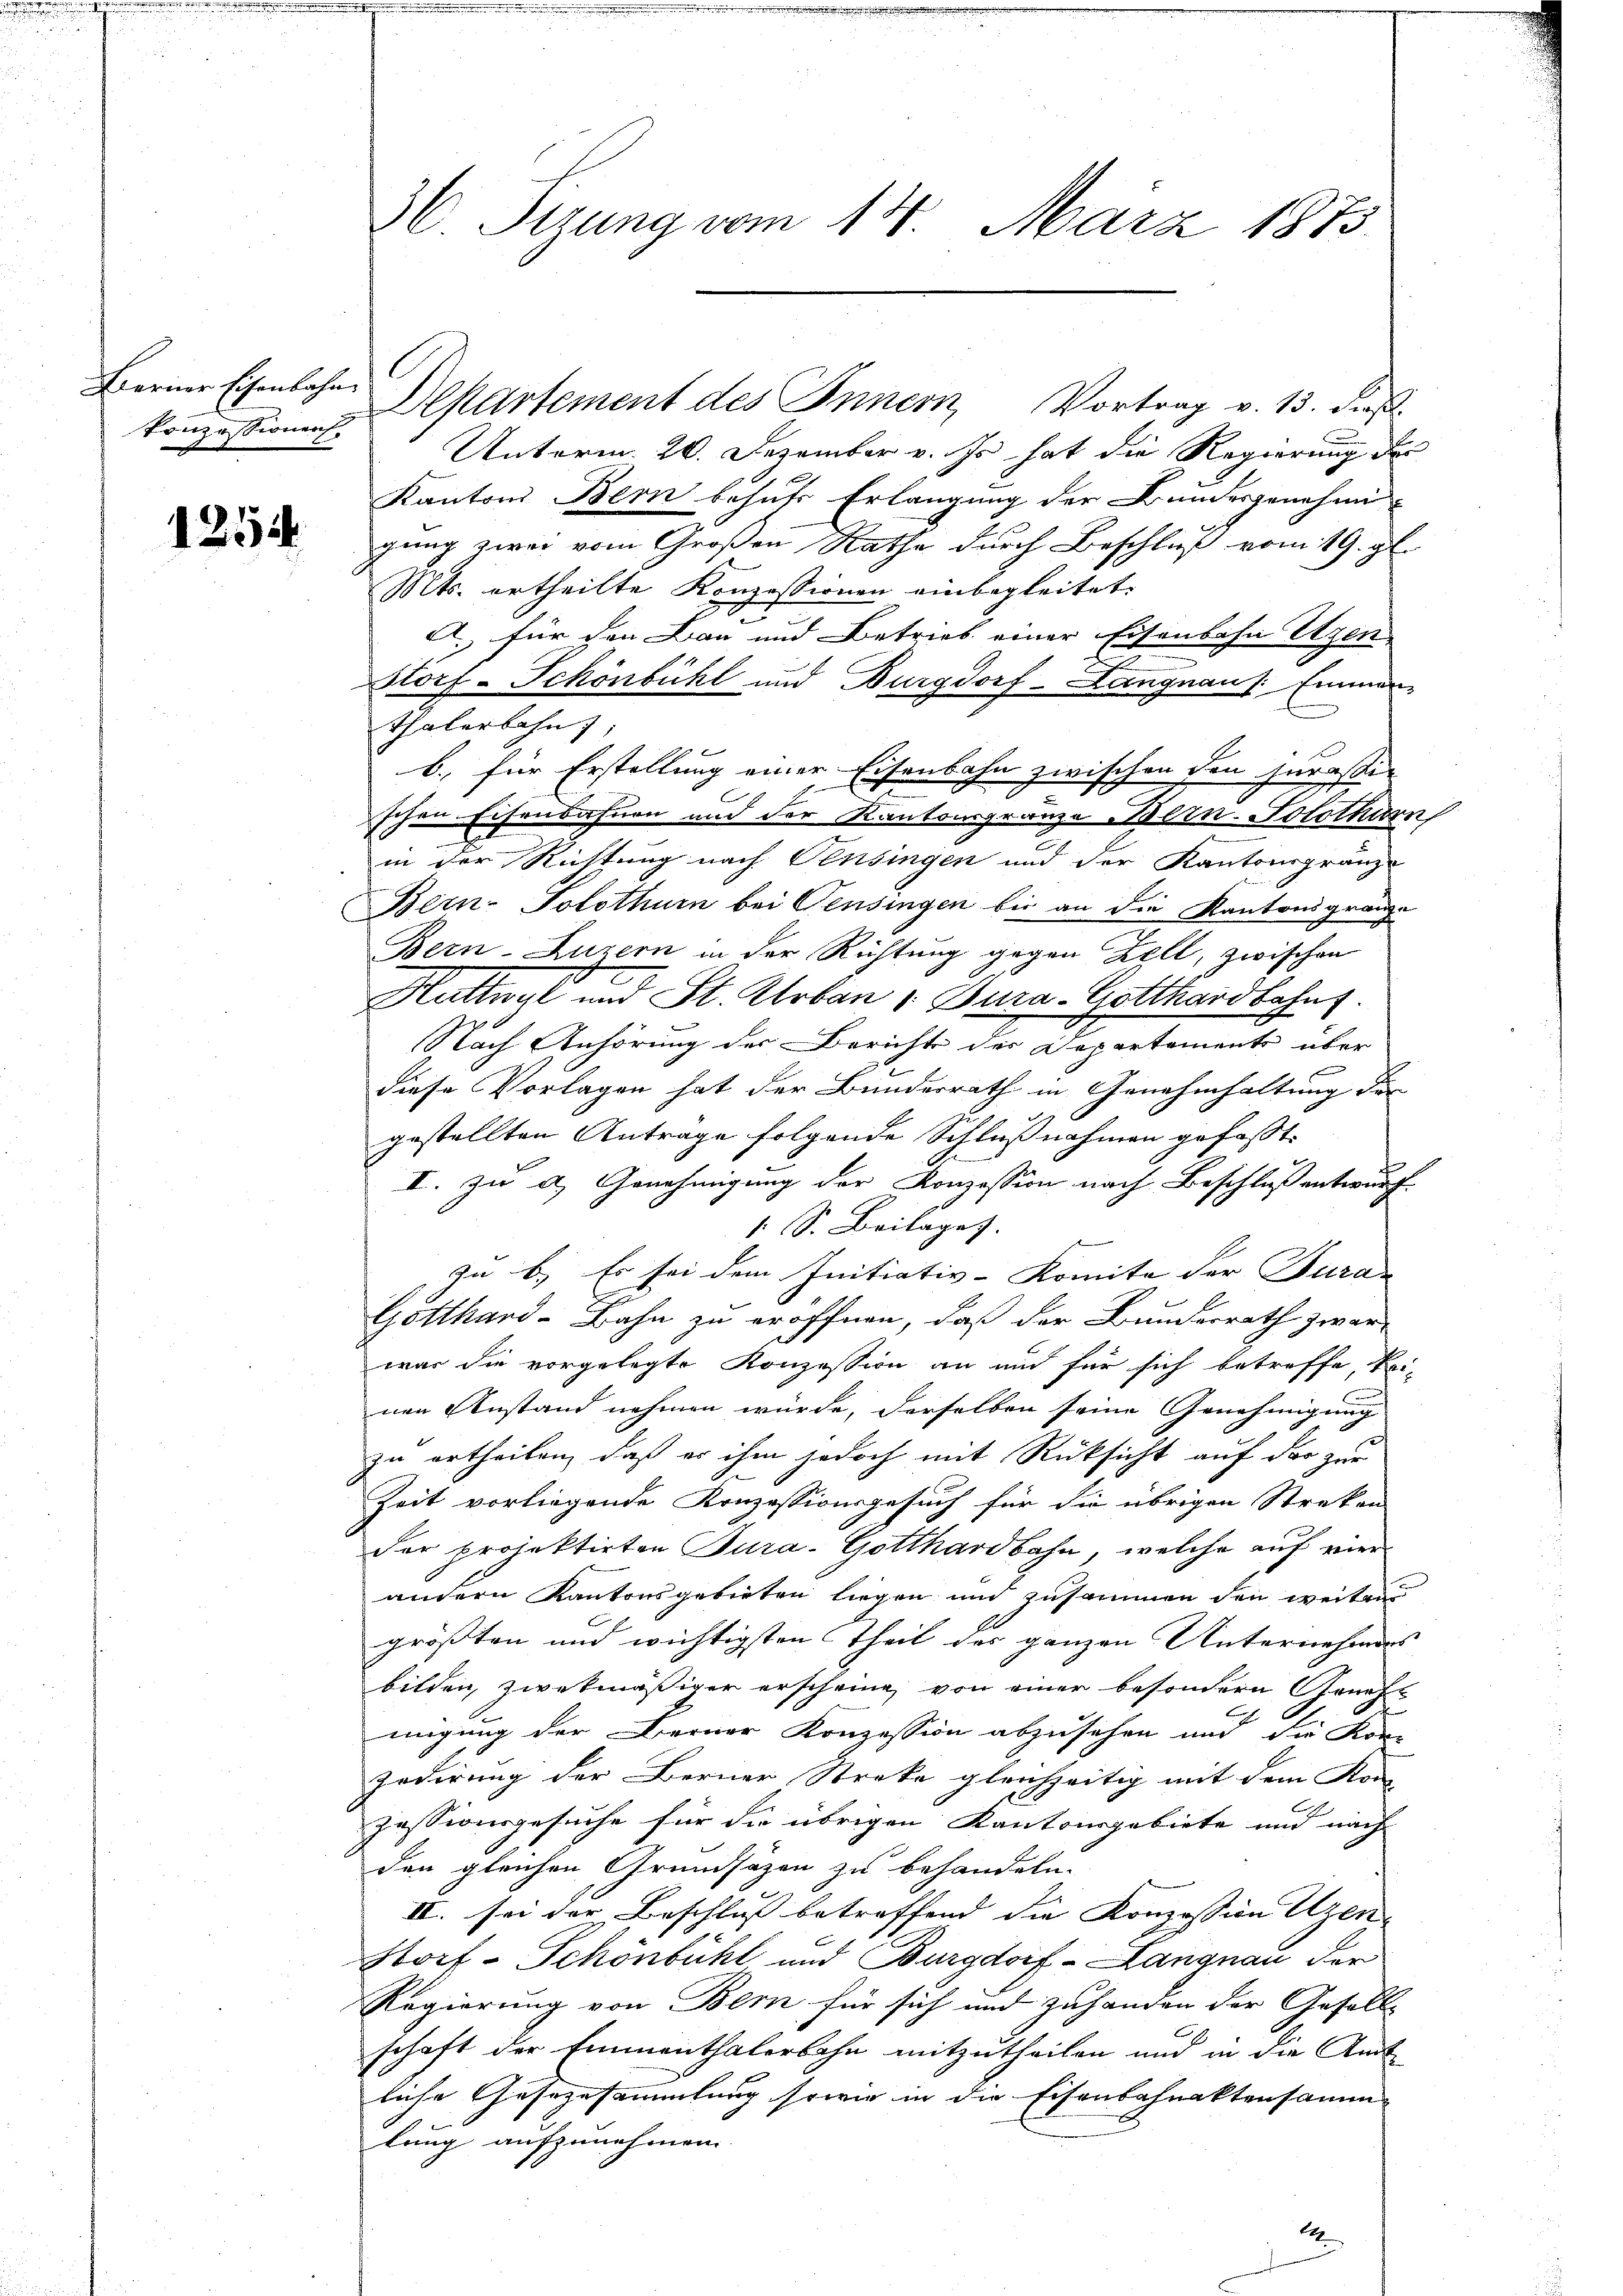
Ferner Eisenbahn-
Konzessionens.

1254

Unterm 20. Dezember v. Js. hat die Regierung des
Kantons Bern behufs Erlangung der Bundesgenehmi-
gung zwei vom Großen Rathe durch Beschluß vom 19. gl.
Mts. ertheilte Konzessionen einbegleitet.
. für den Bau und Betrieb einer Eisenbahn Utzen
Storf-Schönbühl und Burgdorf -Langnaus. Einmann
Thalerbahn,
b. für Erstellung einer Eisenbahn zwischen den Iurassi-
schen Eisenbahnen und der Kantonsgränze Bern-Solothurn
in der Richtung nach Pensingen und der Kantonsgränz-
Bern-Solothurn bei Pensingen bis an die Kantonsgränze
Bern-Luzern in der Richtung gegen Zell, zwischen
Huttwyl und St. Urban 1. Burg-Gotthardbahn.
Nach Anhörung der Bericht der Departemente über
diese Vorlagen hat der Bundesrath in Genehmhaltung der
gestellten Antrage folgende Schlußnahmen gefaßt,
I. zu a.) Genehmigung der Konzession nach Beschluß entwurf.
 S. Beilages
zn b.) Es sei dem Initiativ-Komite der Turan
Gotthard-Bahn zu eröffnen, daß der Bundesrath zwar
war die vorgelegte Konzession an und für sich betreffe, kei-
nen Anstand nehmen würde, derselben seine Genehmigung
zu ertheilen, daß er ihm jedoch mit Rücksicht auf der zur
Zeit vorliegende Konzessionsgesuch für die übrigen Streken
der projektirten Jura. Gotthardbahn, welche auf vier
andern Kantonsgebieten liegen und zusammen den weiten
größten und wichtigsten Theil des ganzen Unternehmens
bilden, zwekmäßiger erscheine, von einer besondern Genehmigung der Berner Konzession abzusehen und die Kon-
Irderung der Berner Streke gleichzeitig mit dem Kon-
zessionsgesuche für die übrigen Kantonsgebiete und nach
den gleichen Grundsätzen zu behandeln.
II. sei der Beschluss betreffend die Konzession Utzen |
Storf-Schönbühl und Burgdorf -Langnau der
Regierung von Bern für sich und zuhanden der Gesell-
schaft der Emmenthalerbahn mitzutheilen und in die Amt
liche Gesezesammlung sowie in die Eisenbahnaktensamm
lung aufzunehmen.

36. Sizung vom 14. März 1873.

Departement des Innern, Vortrag v. 13. dieß.

1